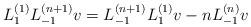
LaTeX: \begin{align*} L_{1}^{(1)}L_{-1}^{(n+1)}v =L_{-1}^{(n+1)}L_{1}^{(1)}v-nL_{-1}^{(n)}v\end{align*}